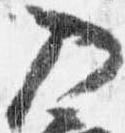
入